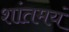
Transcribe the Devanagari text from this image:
शांतमयं